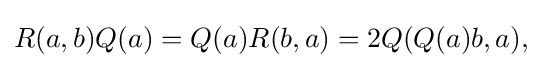
\displaystyle {R(a,b)Q(a)=Q(a)R(b,a)=2Q(Q(a)b,a),}